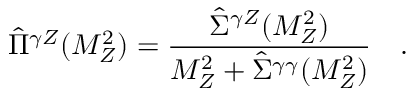
\hat { \Pi } ^ { \gamma Z } ( M _ { Z } ^ { 2 } ) = \frac { \hat { \Sigma } ^ { \gamma Z } ( M _ { Z } ^ { 2 } ) } { M _ { Z } ^ { 2 } + \hat { \Sigma } ^ { \gamma \gamma } ( M _ { Z } ^ { 2 } ) } \quad .